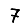
Digit: 7